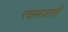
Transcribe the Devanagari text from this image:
रक्षसजाती